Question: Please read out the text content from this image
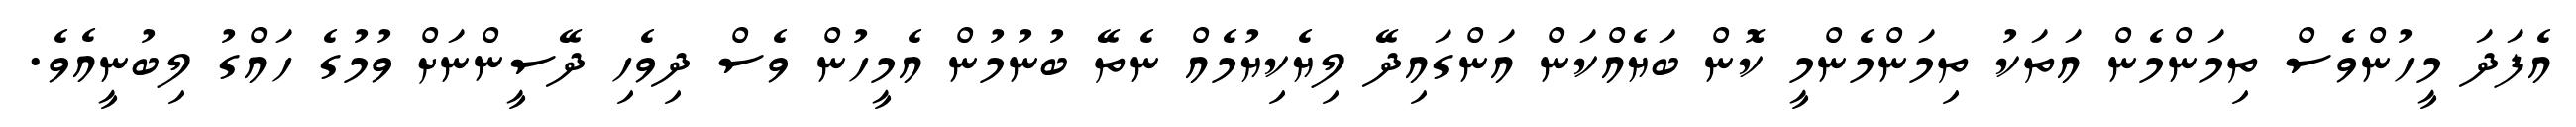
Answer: އެފަދަ މީހުންވެސް ތިމަންމެން އަތަކު ތިމަންމެންމީ ކޮން ބަޔެއްކަން އަންގައިދޭ ލިޔެކިޔުމެއް ނެތޭ ބުނުމުން އެމީހުން ވެސް ދިވެހި ދޭސީންނަށް ވުމުގެ ހައްގު ލިބުނީއެވެ.